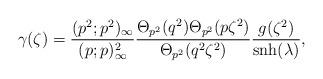
LaTeX: \begin{align*}\gamma(\zeta) = \frac{(p^2;p^2)_\infty}{(p;p)_\infty^2} \frac{\Theta_{p^2}(q^2)\Theta_{p^2}(p\zeta^2)}{\Theta_{p^2}(q^2\zeta^2)} \frac{g(\zeta^2)}{\mbox{snh}(\lambda)},\end{align*}